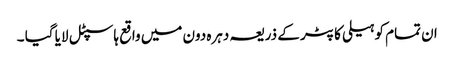
ان تمام کو ہیلی کاپٹر کے ذریعہ دہرہ دون میں واقع ہاسپٹل لایا گیا ۔